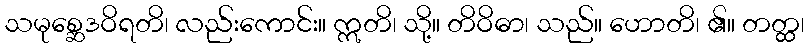
သမုစ္ဆေဒဝိရတိ၊ လည်းကောင်း။ ဣတိ၊ သို့။ တိဝိဓာ၊ သည်။ ဟောတိ၊ ၏။ တတ္ထ၊